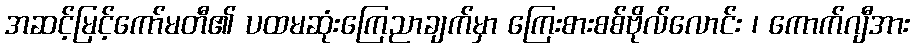
အဆင့်မြင့်ကော်မတီ၏ ပထမဆုံးကြေညာချက်မှာ ကြေးစားစစ်ဗိုလ်လောင်း ၊ ကောက်ဂျီအား